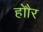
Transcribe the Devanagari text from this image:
होौर